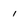
Character: 1